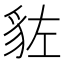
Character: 𧲭